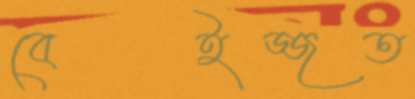
বেইজ্জত